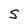
Character: S